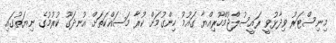
މިނިސްޓަރު ވިދާޅުވީ ރައީސުލްޖުމްހޫރިއްޔާ ގައުމު ހިންގުމަށް ކުރާ މަސައްކަތަށް އުނދަގޫ ކުރުމުގެ ނިޔަތުގައި